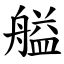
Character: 艗